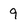
Character: 9